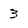
Character: 3